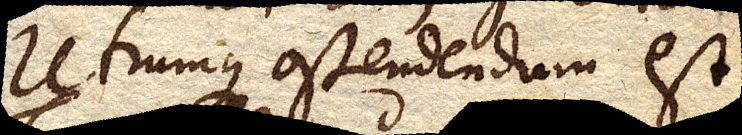
Utrumque ostendendum est